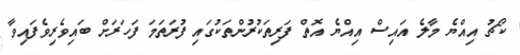
ކޯޗު އިއްޔެ މާލެ އައިސް އިއްޔެ އޮތް ފަރިތަކުރުންތަކުގައި ފުރަތަމަ ފަހަރަށް ބައިވެރިވެފައިވާ